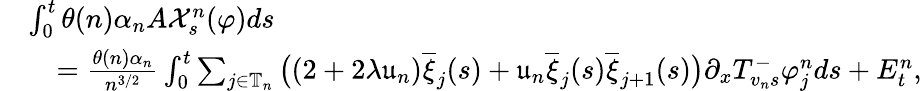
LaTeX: \begin{array}{rl}&{\int_{0}^{t}\theta(n)\alpha_{n}A\mathcal{X}_{s}^{n}(\varphi)ds}\\ &{\quad=\frac{\theta(n)\alpha_{n}}{n^{3/2}}\int_{0}^{t}\sum_{j\in\mathbb{T}_{n}}\big((2+2\lambda\mathfrak{u}_{n})\overline{{\xi}}_{j}(s)+\mathfrak{u}_{n}\overline{{\xi}}_{j}(s)\overline{{\xi}}_{j+1}(s)\big)\partial_{x}T_{v_{n}s}^{-}\varphi_{j}^{n}ds+E_{t}^{n},}\end{array}